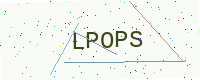
Text: LPOPS